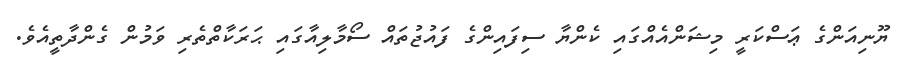
ޔޫނިއަންގެ ޢަސްކަރީ މިޝަންއެއްގައި ކެންޔާ ސިފައިންގެ ފައުޖުތައް ސޯމާލިއާގައި ޙަރަކާތްތެރި ވަމުން ގެންދާތީއެވެ.